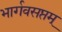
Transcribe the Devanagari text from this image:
भार्गवसप्तम्